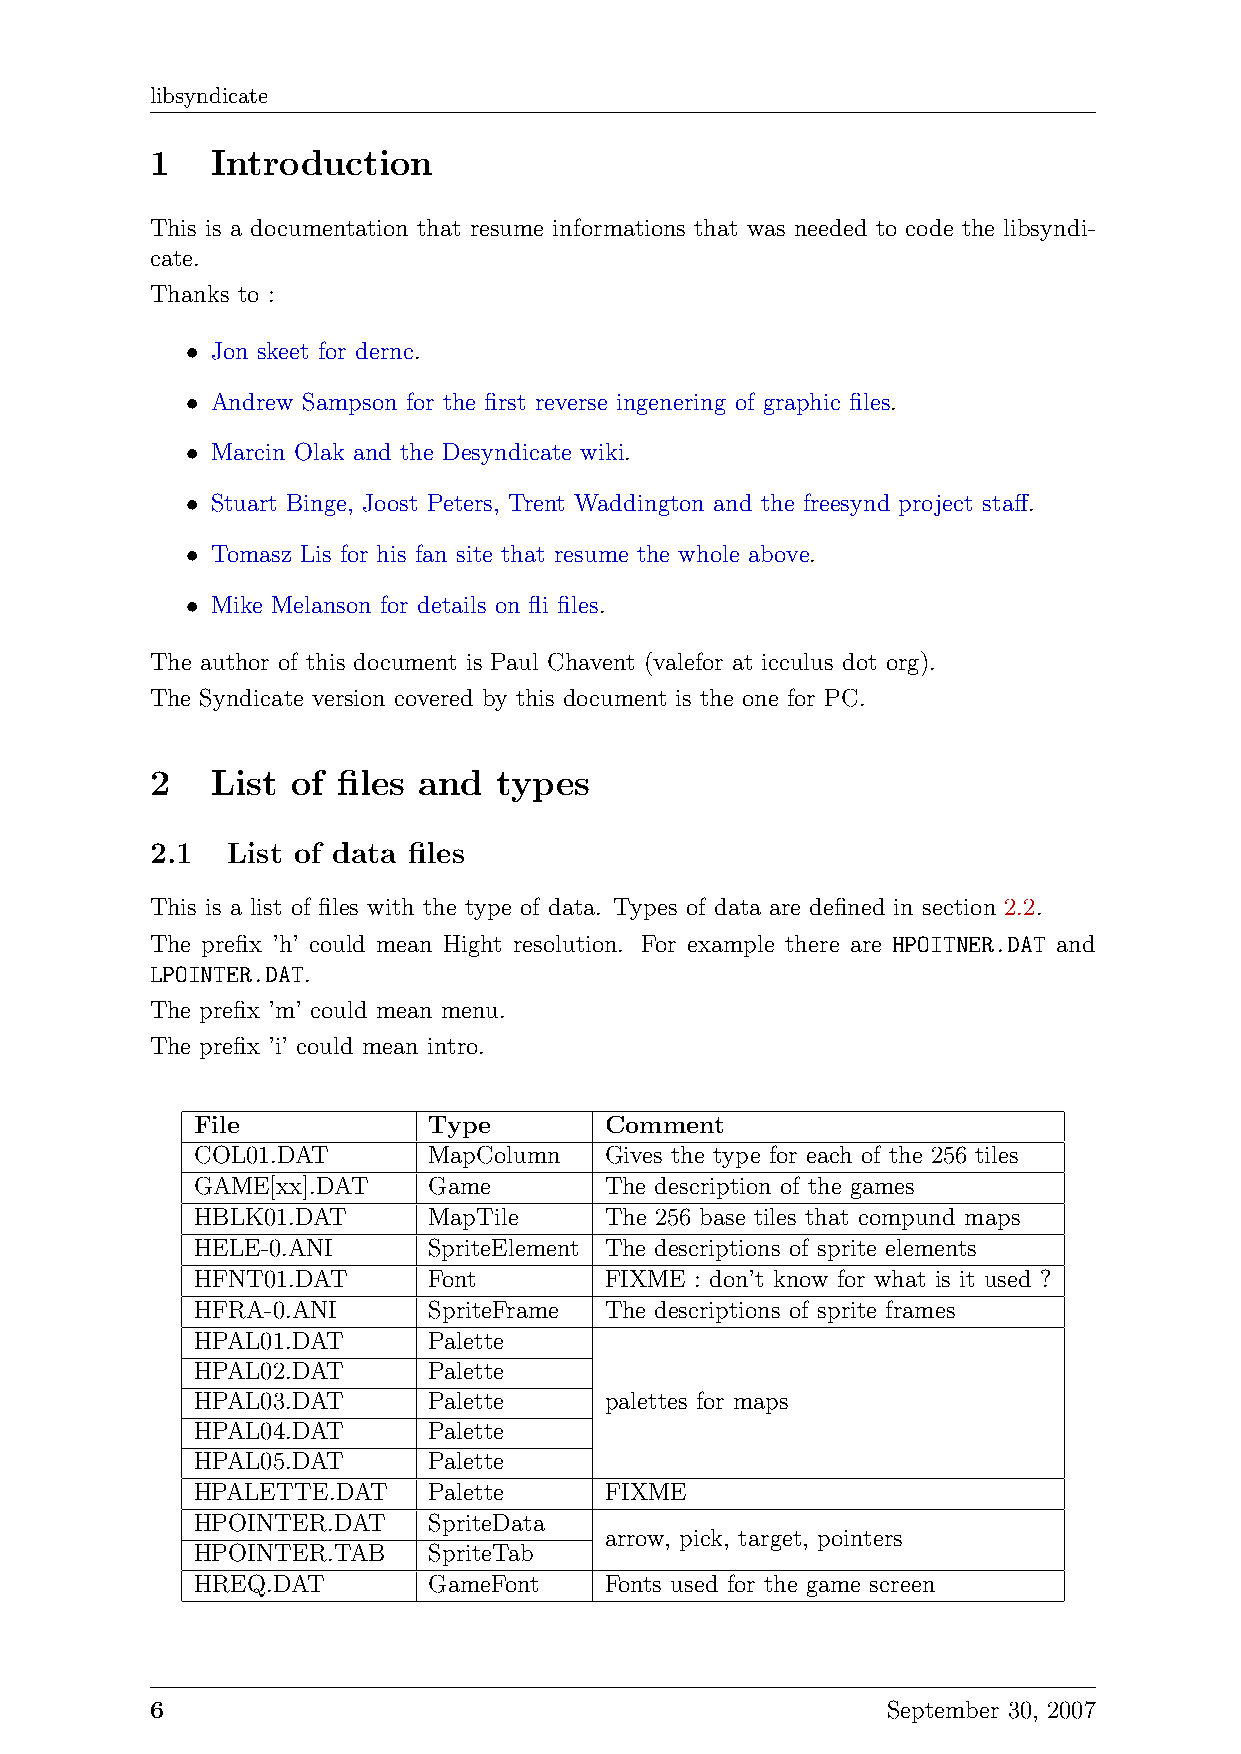
libsyndicate
 1   Introduction
 This is a documentation that resume informations that was needed to code the libsyndi-
 cate.
 Thanks to :
 • Jon skeet for dernc.
 • Andrew Sampson for the first reverse ingenering of graphic files.
 • Marcin Olak and the Desyndicate wiki.
 • Stuart Binge, Joost Peters, Trent Waddington and the freesynd project staff.
 • Tomasz Lis for his fan site that resume the whole above.
 • Mike Melanson for details on fli files.
 The author of this document is Paul Chavent (valefor at icculus dot org).
 The Syndicate version covered by this document is the one for PC.
 2   List of files and  types
 2.1  List of data files
 This is a list of files with the type of data. Types of data are defined in section 2.2.
 The prefix ’h’ could mean Hight resolution. For example there are HPOITNER.DAT and
 LPOINTER.DAT.
 The prefix ’m’ could mean menu.
 The prefix ’i’ could mean intro.
 File           Type        Comment
 COL01.DAT      MapColumn   Gives the type for each of the 256 tiles
 GAME[xx].DAT   Game        The description of the games
 HBLK01.DAT     MapTile     The 256 base tiles that compund maps
 HELE-0.ANI     SpriteElement The descriptions of sprite elements
 HFNT01.DAT     Font        FIXME : don’t know for what is it used ?
 HFRA-0.ANI     SpriteFrame The descriptions of sprite frames
 HPAL01.DAT     Palette
 HPAL02.DAT     Palette
 HPAL03.DAT     Palette     palettes for maps
 HPAL04.DAT     Palette
 HPAL05.DAT     Palette
 HPALETTE.DAT   Palette     FIXME
 HPOINTER.DAT   SpriteData
 arrow, pick, target, pointers
 HPOINTER.TAB   SpriteTab
 HREQ.DAT       GameFont    Fonts used for the game screen
 6                                                September 30, 2007